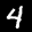
Label: 4